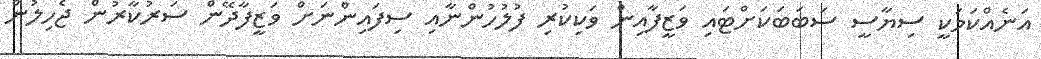
އަނެއްކަމަކީ ސިޔާސީ ސަބަބަކަށްޓައި ވަޒީފާއިން ވަކިކުރި ފުލުހުންނާއި ސިފައިންނަށް ވަޒީފާދޭން ސަރުކާރުން ޖެހިލުން